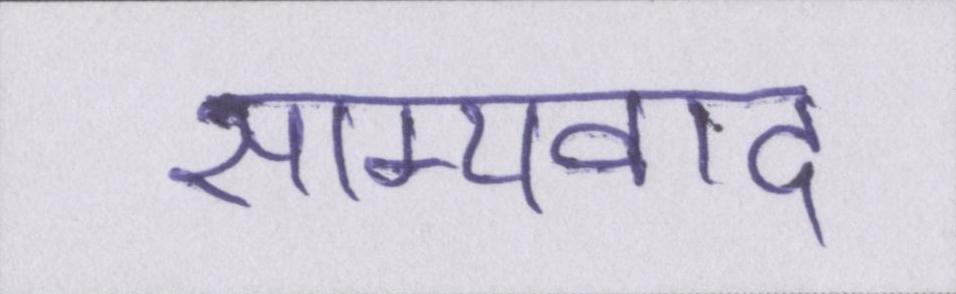
साम्यवाद